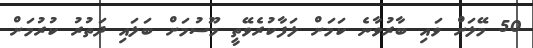
50 މޭލަށް ވައި ބާރުވާނެ ކަމަށް ލަފާކުރެވޭތީ މޫސުމަށް ބަލައި ދަތުރު ކުރުމަށް